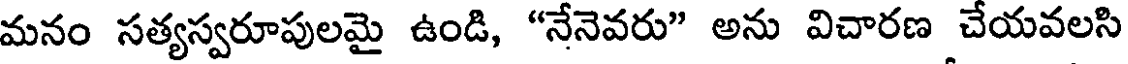
మనం సత్యస్వరూపులమై ఉండి, "నేనెవరు" అను విచారణ చేయవలసి